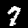
Label: 7